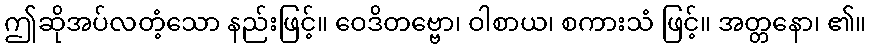
ဤဆိုအပ်လတံ့သော နည်းဖြင့်။ ဝေဒိတဗ္ဗော၊ ဝါစာယ၊ စကားသံ ဖြင့်။ အတ္တနော၊ ၏။